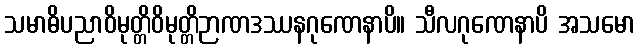
သမာဓိပညာဝိမုတ္တိဝိမုတ္တိဉာဏဒဿနဂုဏေနာပိ။ သီလဂုဏေနာပိ အသမော